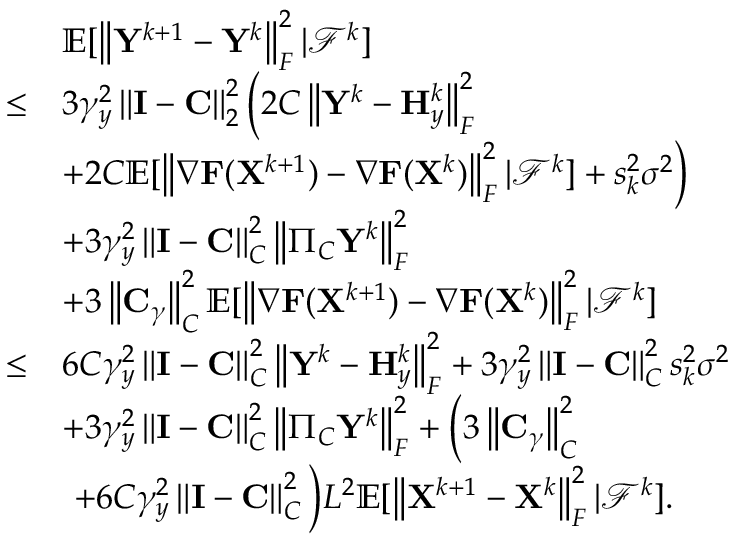
\begin{array} { r l } & { { \mathbb { E } } [ \left\| { \mathbf { Y } } ^ { k + 1 } - { \mathbf { Y } } ^ { k } \right\| _ { F } ^ { 2 } \vert { \mathcal { F } } ^ { k } ] } \\ { \leq } & { 3 \gamma _ { y } ^ { 2 } \left\| { \mathbf { I } } - { \mathbf { C } } \right\| _ { 2 } ^ { 2 } \Big ( 2 C \left\| { \mathbf { Y } } ^ { k } - { \mathbf { H } } _ { y } ^ { k } \right\| _ { F } ^ { 2 } } \\ & { + 2 C { \mathbb { E } } [ \left\| \nabla { \mathbf { F } } ( { \mathbf { X } } ^ { k + 1 } ) - \nabla { \mathbf { F } } ( { \mathbf { X } } ^ { k } ) \right\| _ { F } ^ { 2 } \vert { \mathcal { F } } ^ { k } ] + s _ { k } ^ { 2 } \sigma ^ { 2 } \Big ) } \\ & { + 3 \gamma _ { y } ^ { 2 } \left\| { \mathbf { I } } - { \mathbf { C } } \right\| _ { C } ^ { 2 } \left\| \Pi _ { C } { \mathbf { Y } } ^ { k } \right\| _ { F } ^ { 2 } } \\ & { + 3 \left\| { \mathbf { C } } _ { \gamma } \right\| _ { C } ^ { 2 } { \mathbb { E } } [ \left\| \nabla { \mathbf { F } } ( { \mathbf { X } } ^ { k + 1 } ) - \nabla { \mathbf { F } } ( { \mathbf { X } } ^ { k } ) \right\| _ { F } ^ { 2 } \vert { \mathcal { F } } ^ { k } ] } \\ { \leq } & { 6 C \gamma _ { y } ^ { 2 } \left\| { \mathbf { I } } - { \mathbf { C } } \right\| _ { C } ^ { 2 } \left\| { \mathbf { Y } } ^ { k } - { \mathbf { H } } _ { y } ^ { k } \right\| _ { F } ^ { 2 } + 3 \gamma _ { y } ^ { 2 } \left\| { \mathbf { I } } - { \mathbf { C } } \right\| _ { C } ^ { 2 } s _ { k } ^ { 2 } \sigma ^ { 2 } } \\ & { + 3 \gamma _ { y } ^ { 2 } \left\| { \mathbf { I } } - { \mathbf { C } } \right\| _ { C } ^ { 2 } \left\| \Pi _ { C } { \mathbf { Y } } ^ { k } \right\| _ { F } ^ { 2 } + \Big ( 3 \left\| { \mathbf { C } } _ { \gamma } \right\| _ { C } ^ { 2 } } \\ & { ~ + 6 C \gamma _ { y } ^ { 2 } \left\| { \mathbf { I } } - { \mathbf { C } } \right\| _ { C } ^ { 2 } \Big ) L ^ { 2 } { \mathbb { E } } [ \left\| { \mathbf { X } } ^ { k + 1 } - { \mathbf { X } } ^ { k } \right\| _ { F } ^ { 2 } \vert { \mathcal { F } } ^ { k } ] . } \end{array}